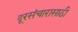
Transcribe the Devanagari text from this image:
दूरसंचारासाठी